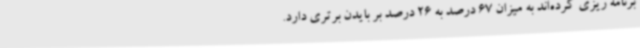
برنامه ریزی کرده‌اند به میزان 67 درصد به 26 درصد بر بایدن برتری دارد.